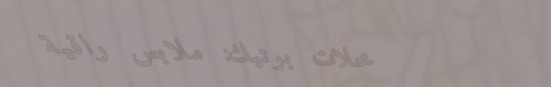
محلات بوتيك: ملابس راقية